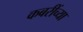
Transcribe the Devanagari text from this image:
कबरींच्या